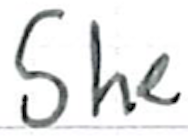
Text: She
Cross-out: clean
Writing tool: ballpoint